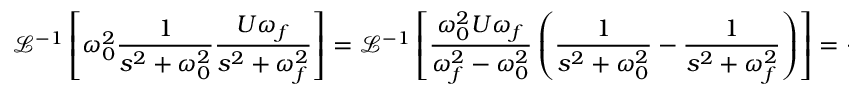
{ \mathcal { L } } ^ { - 1 } \left[ \omega _ { 0 } ^ { 2 } { \frac { 1 } { s ^ { 2 } + \omega _ { 0 } ^ { 2 } } } { \frac { U \omega _ { f } } { s ^ { 2 } + \omega _ { f } ^ { 2 } } } \right] = { \mathcal { L } } ^ { - 1 } \left[ { \frac { \omega _ { 0 } ^ { 2 } U \omega _ { f } } { \omega _ { f } ^ { 2 } - \omega _ { 0 } ^ { 2 } } } \left( { \frac { 1 } { s ^ { 2 } + \omega _ { 0 } ^ { 2 } } } - { \frac { 1 } { s ^ { 2 } + \omega _ { f } ^ { 2 } } } \right) \right] = { \frac { \omega _ { 0 } ^ { 2 } U \omega _ { f } } { \omega _ { f } ^ { 2 } - \omega _ { 0 } ^ { 2 } } } \left( { \frac { 1 } { \omega _ { 0 } } } \sin ( \omega _ { 0 } t ) - { \frac { 1 } { \omega _ { f } } } \sin ( \omega _ { f } t ) \right)